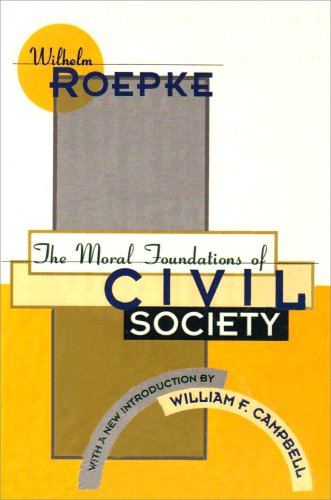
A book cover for The Moral Foundations of Civil Society (Library of Conservative Thought); Wilhelm Roepke; Medical Books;